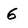
Character: 6